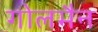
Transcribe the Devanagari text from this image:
गोलमैन